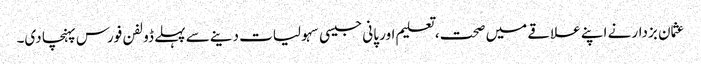
عثمان بزدار نے اپنے علاقے میں صحت، تعلیم اور پانی جیسی سہولیات دینے سے پہلے ڈولفن فورس پہنچا دی۔